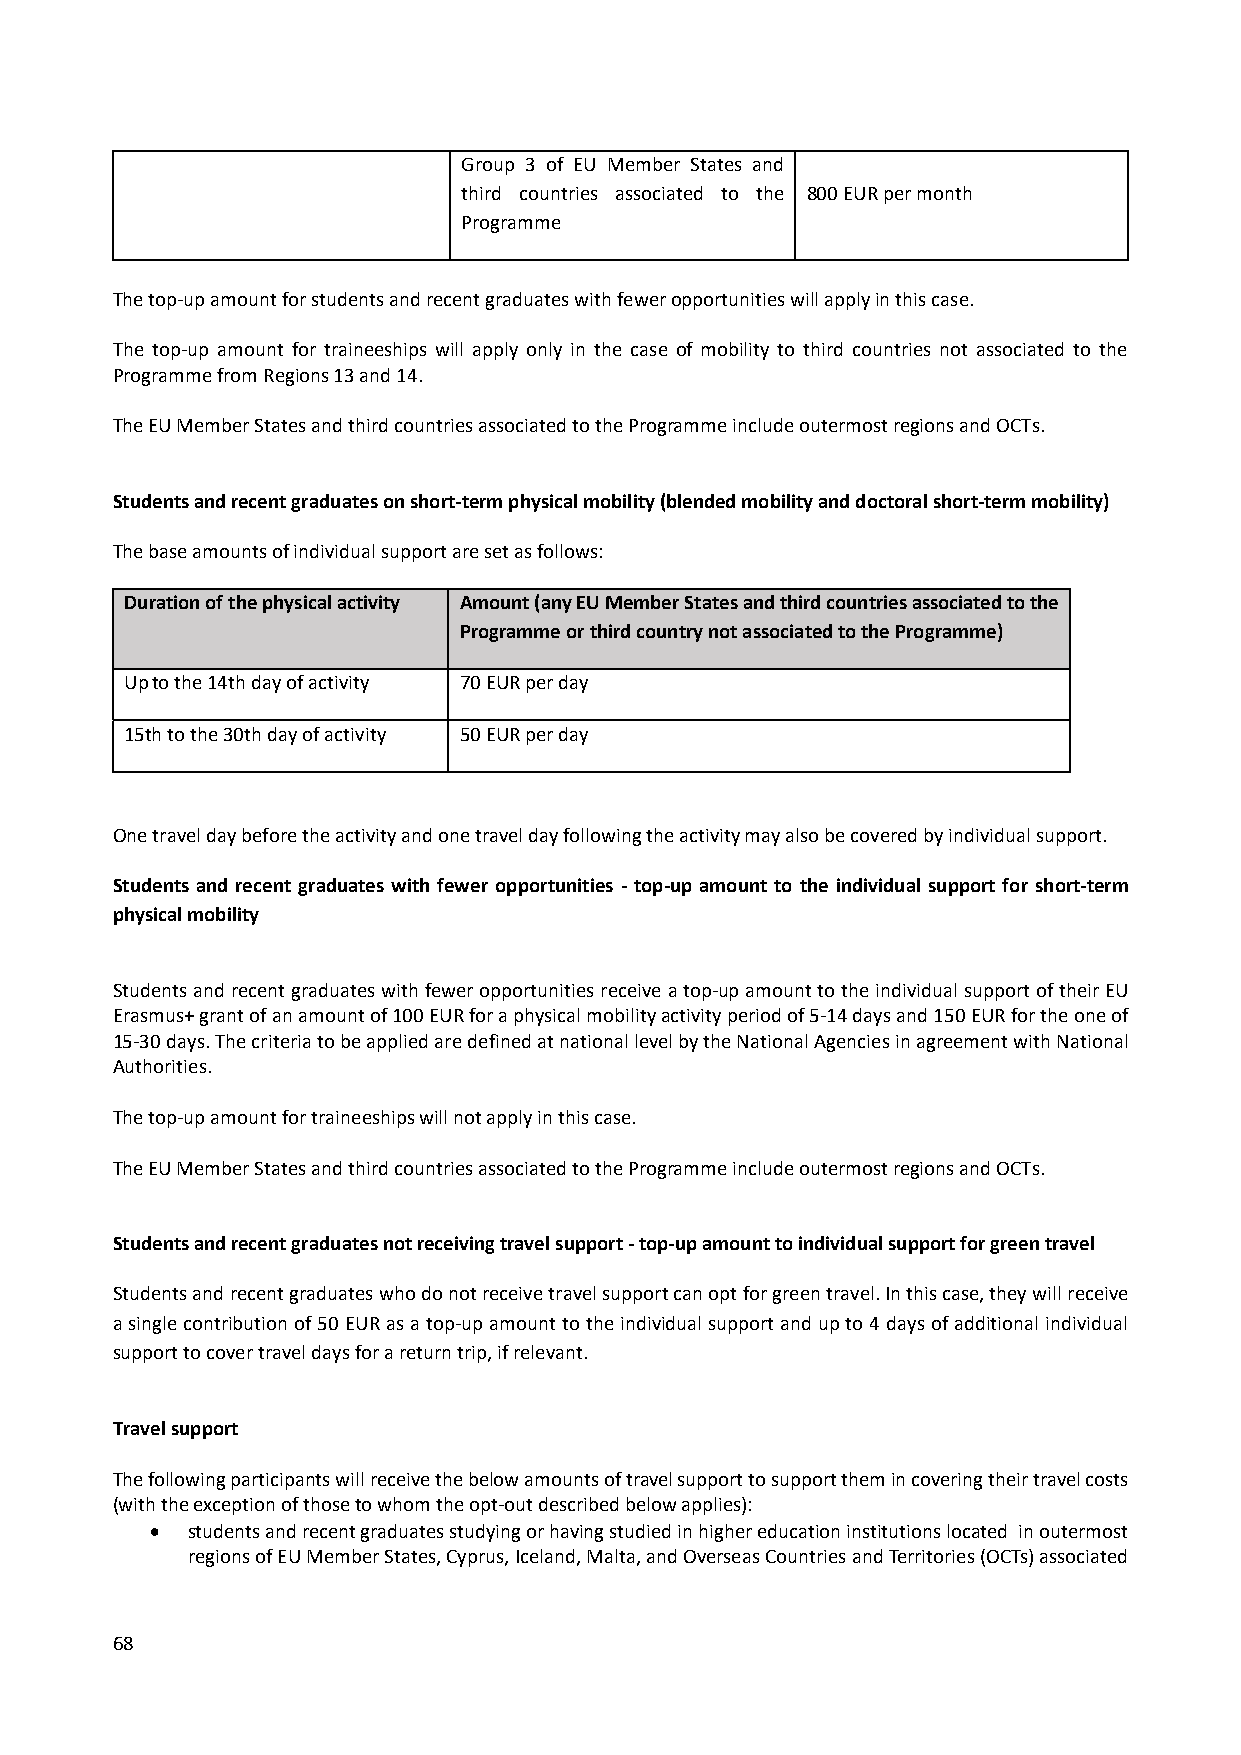
Group 3 of EU Member States and
 third countries associated to the 800 EUR per month
 Programme
 The top‐up amount for students and recent graduates with fewer opportunities will apply in this case.
 The top‐up amount for traineeships will apply only in the case of mobility to third countries not associated to the
 Programme from Regions 13 and 14.
 The EU Member States and third countries associated to the Programme include outermost regions and OCTs.
 Students and recent graduates on short‐term physical mobility (blended mobility and doctoral short‐term mobility)
 The base amounts of individual support are set as follows:
 Duration of the physical activity Amount (any EU Member States and third countries associated to the
 Programme or third country not associated to the Programme)
 Up to the 14th day of activity 70 EUR per day
 15th to the 30th day of activity 50 EUR per day
 One travel day before the activity and one travel day following the activity may also be covered by individual support.
 Students and recent graduates with fewer opportunities ‐ top‐up amount to the individual support for short‐term
 physical mobility
 Students and recent graduates with fewer opportunities receive a top‐up amount to the individual support of their EU
 Erasmus+ grant of an amount of 100 EUR for a physical mobility activity period of 5‐14 days and 150 EUR for the one of
 15‐30 days. The criteria to be applied are defined at national level by the National Agencies in agreement with National
 Authorities.
 The top‐up amount for traineeships will not apply in this case.
 The EU Member States and third countries associated to the Programme include outermost regions and OCTs.
 Students and recent graduates not receiving travel support ‐ top‐up amount to individual support for green travel
 Students and recent graduates who do not receive travel support can opt for green travel. In this case, they will receive
 a single contribution of 50 EUR as a top‐up amount to the individual support and up to 4 days of additional individual
 support to cover travel days for a return trip, if relevant.
 Travel support
 The following participants will receive the below amounts of travel support to support them in covering their travel costs
 (with the exception of those to whom the opt‐out described below applies):
  students and recent graduates studying or having studied in higher education institutions located in outermost
 regions of EU Member States, Cyprus, Iceland, Malta, and Overseas Countries and Territories (OCTs) associated
 68